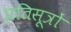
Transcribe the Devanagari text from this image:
प्रतिसूत्रों